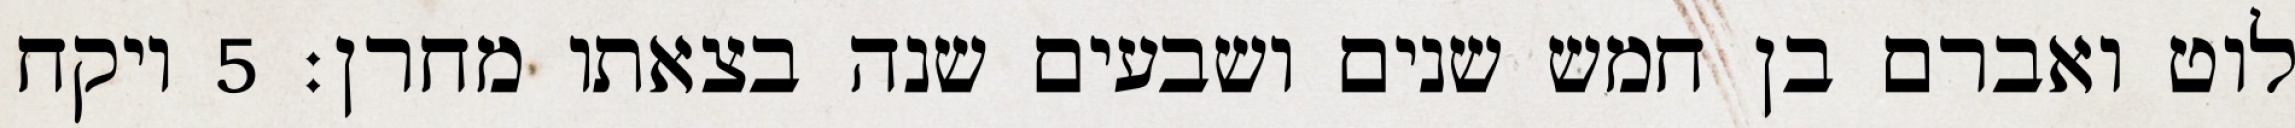
לוט ואברם בן חמש שנים ושבעים שנה בצאתו מחרן׃ ‎5‏ ויקח